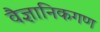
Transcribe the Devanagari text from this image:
वैज्ञानिकगण